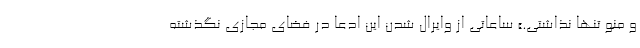
و منو تنها نذاشتی.» ساعاتی از وایرال شدن این ادعا در فضای مجازی نگذشته